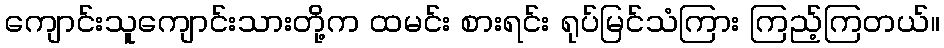
ကျောင်းသူကျောင်းသားတို့က ထမင်း စားရင်း ရုပ်မြင်သံကြား ကြည့်ကြတယ်။